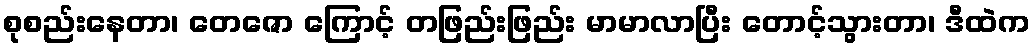
စုစည်းနေတာ၊ တေဇော ကြောင့် တဖြည်းဖြည်း မာမာလာပြီး တောင့်သွားတာ၊ ဒီထဲက